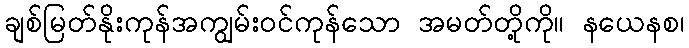
ချစ်မြတ်နိုးကုန်အကျွမ်းဝင်ကုန်သော အမတ်တို့ကို။ နယေနစ၊